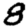
Digit: 8